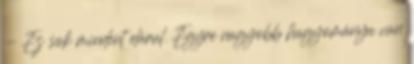
- Ez sok mindent elárul. Egyre nagyobb hagyománya van